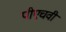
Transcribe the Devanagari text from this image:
पीएचवी